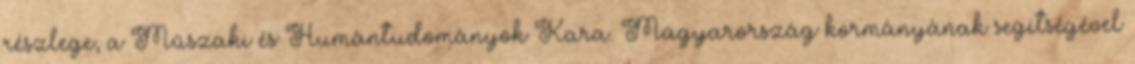
részlege, a Műszaki és Humántudományok Kara. Magyarország kormányának segítségével